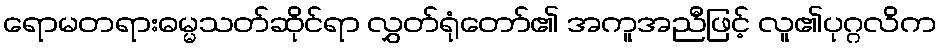
ရောမတရားဓမ္မသတ်ဆိုင်ရာ လွှတ်ရုံတော်၏ အကူအညီဖြင့် လူ၏ပုဂ္ဂလိက